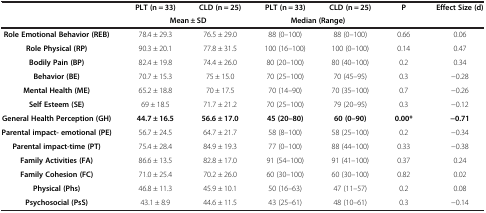
<table><thead><tr><td rowspan="2"><b> </b></td><td><b>PLT (n = 33)</b></td><td><b>CLD (n = 25)</b></td><td><b>PLT (n = 33)</b></td><td><b>CLD (n = 25)</b></td><td><b>P</b></td><td><b>Effect Size (d)</b></td></tr><tr><td colspan="2"><b>Mean ± SD</b></td><td colspan="2"><b>Median (Range)</b></td><td><b> </b></td><td><b> </b></td></tr></thead><tbody><tr><td><b>Role Emotional Behavior (REB)</b></td><td>78.4 ± 29.3</td><td>76.5 ± 29.0</td><td>88 (0–100)</td><td>88 (0–100)</td><td>0.66</td><td>0.06</td></tr><tr><td><b>Role Physical (RP)</b></td><td>90.3 ± 20.1</td><td>77.8 ± 31.5</td><td>100 (16–100)</td><td>100 (0–100)</td><td>0.14</td><td>0.47</td></tr><tr><td><b>Bodily Pain (BP)</b></td><td>82.4 ± 19.8</td><td>74.4 ± 26.0</td><td>80 (20–100)</td><td>80 (40–100)</td><td>0.2</td><td>0.34</td></tr><tr><td><b>Behavior (BE)</b></td><td>70.7 ± 15.3</td><td>75 ± 15.0</td><td>70 (25–100)</td><td>70 (45–95)</td><td>0.3</td><td>−0.28</td></tr><tr><td><b>Mental Health (ME)</b></td><td>65.2 ± 18.8</td><td>70 ± 17.5</td><td>70 (14–90)</td><td>70 (35–100)</td><td>0.7</td><td>−0.26</td></tr><tr><td><b>Self Esteem (SE)</b></td><td>69 ± 18.5</td><td>71.7 ± 21.2</td><td>70 (25–100)</td><td>79 (20–95)</td><td>0.3</td><td>−0.12</td></tr><tr><td><b>General Health Perception (GH)</b></td><td><b>44.7 ± 16.5</b></td><td><b>56.6 ± 17.0</b></td><td><b>45 (20–80)</b></td><td><b>60 (0–90)</b></td><td><b>0.00*</b></td><td><b>−0.71</b></td></tr><tr><td><b>Parental impact- emotional (PE)</b></td><td>56.7 ± 24.5</td><td>64.7 ± 21.7</td><td>58 (8–100)</td><td>58 (25–100)</td><td>0.2</td><td>−0.34</td></tr><tr><td><b>Parental impact-time (PT)</b></td><td>75.4 ± 28.4</td><td>84.9 ± 19.3</td><td>77 (0–100)</td><td>88 (44–100)</td><td>0.33</td><td>−0.38</td></tr><tr><td><b>Family Activities (FA)</b></td><td>86.6 ± 13.5</td><td>82.8 ± 17.0</td><td>91 (54–100)</td><td>91 (41–100)</td><td>0.37</td><td>0.24</td></tr><tr><td><b>Family Cohesion (FC)</b></td><td>71.0 ± 25.4</td><td>70.2 ± 26.0</td><td>60 (30–100)</td><td>60 (30–100)</td><td>0.82</td><td>0.02</td></tr><tr><td><b>Physical (Phs)</b></td><td>46.8 ± 11.3</td><td>45.9 ± 10.1</td><td>50 (16–63)</td><td>47 (11–57)</td><td>0.2</td><td>0.08</td></tr><tr><td><b>Psychosocial (PsS)</b></td><td>43.1 ± 8.9</td><td>44.6 ± 11.5</td><td>43 (25–61)</td><td>48 (10–61)</td><td>0.3</td><td>−0.14</td></tr></tbody></table>